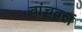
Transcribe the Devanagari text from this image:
वांचवलं